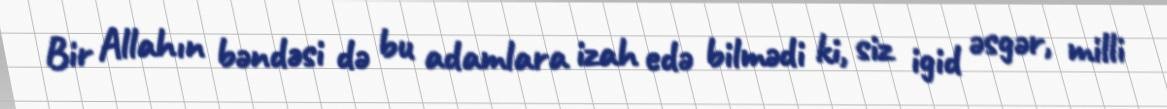
Bir Allahın bəndəsi də bu adamlara izah edə bilmədi ki, siz igid əsgər, milli